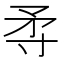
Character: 𡬢